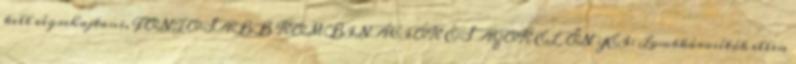
kell végrehajtani. FONTOSABB KOMBINÁCIÓK ÉS AZOK ELŐNYEI: Lombkárosítók ellen